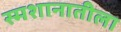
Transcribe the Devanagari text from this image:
स्मशानातीला